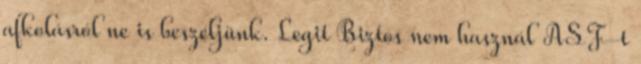
afkolásról ne is beszéljünk. Legit Biztos nem használ ASF-t